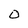
Character: O